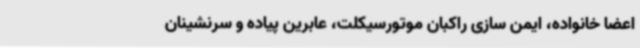
اعضا خانواده، ایمن سازی راکبان موتورسیکلت، عابرین پیاده و سرنشینان